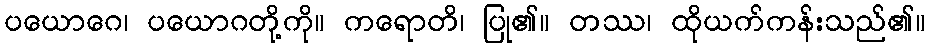
ပယောဂေ၊ ပယောဂတို့ကို။ ကရောတိ၊ ပြု၏။ တဿ၊ ထိုယက်ကန်းသည်၏။